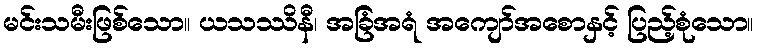
မင်းသမီးဖြစ်သော။ ယသဿိနီ၊ အခြံအရံ အကျော်အစောနှင့် ပြည့်စုံသော။